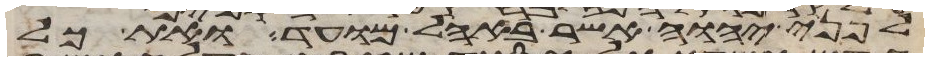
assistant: לפני יהוה אשר באהל מועד ואת כל